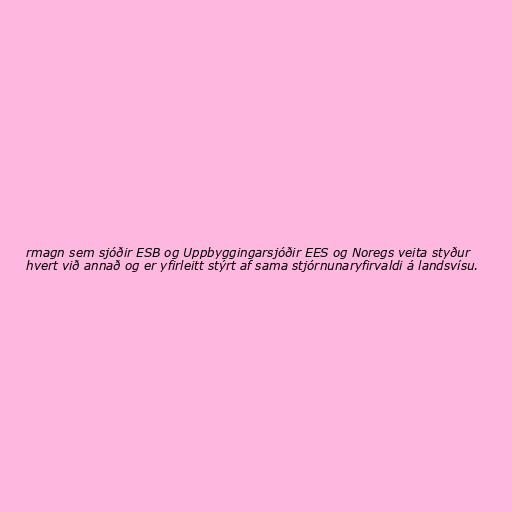
rmagn sem sjóðir ESB og Uppbyggingarsjóðir EES og Noregs veita styður
hvert við annað og er yfirleitt stýrt af sama stjórnunaryfirvaldi á landsvísu.